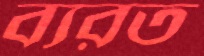
ব্যরত